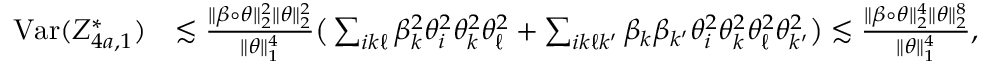
\begin{array} { r l } { \mathrm { V a r } ( Z _ { 4 a , 1 } ^ { * } ) } & { \lesssim \frac { \| \beta \circ \theta \| _ { 2 } ^ { 2 } \| \theta \| _ { 2 } ^ { 2 } } { \| \theta \| _ { 1 } ^ { 4 } } \big ( \sum _ { i k \ell } \beta _ { k } ^ { 2 } \theta _ { i } ^ { 2 } \theta _ { k } ^ { 2 } \theta _ { \ell } ^ { 2 } + \sum _ { i k \ell k ^ { \prime } } \beta _ { k } \beta _ { k ^ { \prime } } \theta _ { i } ^ { 2 } \theta _ { k } ^ { 2 } \theta _ { \ell } ^ { 2 } \theta _ { k ^ { \prime } } ^ { 2 } \big ) \lesssim \frac { \| \beta \circ \theta \| _ { 2 } ^ { 4 } \| \theta \| _ { 2 } ^ { 8 } } { \| \theta \| _ { 1 } ^ { 4 } } , } \end{array}